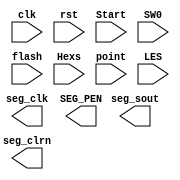
`timescale 1ns / 1ps
//////////////////////////////////////////////////////////////////////////////////
// Company: 
// Engineer: 
// 
// Design Name: 
// Module Name:    SSeg7_Dev_IO 
// Project Name: 
// Target Devices: 
// Tool versions: 
// Description: 
//
// Dependencies: 
//
// Revision: 
// Revision 0.01 - File Created
// Additional Comments: 
//
//////////////////////////////////////////////////////////////////////////////////
module  SSeg7_Dev(input clk,			//	
						input rst,			//
						input Start,		//
						input SW0,			//(16)/()
						input flash,		//
						input[31:0]Hexs,	//32
						input[7:0]point,	//8
						input[7:0]LES,		//=1
						output seg_clk,	//
						output seg_sout,	//()
						output SEG_PEN,	//
						output seg_clrn	//
						);

endmodule